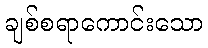
ချစ်စရာကောင်းသော